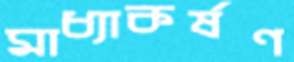
মাধ্যাকর্ষণ